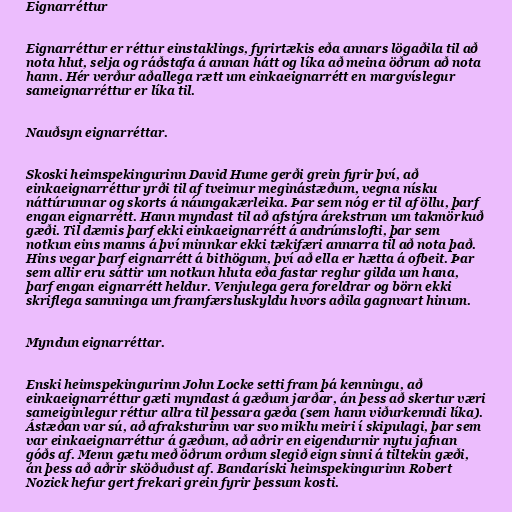
Eignarréttur

Eignarréttur er réttur einstaklings, fyrirtækis eða annars lögaðila til að
nota hlut, selja og ráðstafa á annan hátt og líka að meina öðrum að nota
hann. Hér verður aðallega rætt um einkaeignarrétt en margvíslegur
sameignarréttur er líka til.

Nauðsyn eignarréttar.

Skoski heimspekingurinn David Hume gerði grein fyrir því, að
einkaeignarréttur yrði til af tveimur meginástæðum, vegna nísku
náttúrunnar og skorts á náungakærleika. Þar sem nóg er til af öllu, þarf
engan eignarrétt. Hann myndast til að afstýra árekstrum um takmörkuð
gæði. Til dæmis þarf ekki einkaeignarrétt á andrúmslofti, þar sem
notkun eins manns á því minnkar ekki tækifæri annarra til að nota það.
Hins vegar þarf eignarrétt á bithögum, því að ella er hætta á ofbeit. Þar
sem allir eru sáttir um notkun hluta eða fastar reglur gilda um hana,
þarf engan eignarrétt heldur. Venjulega gera foreldrar og börn ekki
skriflega samninga um framfærsluskyldu hvors aðila gagnvart hinum.

Myndun eignarréttar.

Enski heimspekingurinn John Locke setti fram þá kenningu, að
einkaeignarréttur gæti myndast á gæðum jarðar, án þess að skertur væri
sameiginlegur réttur allra til þessara gæða (sem hann viðurkenndi líka).
Ástæðan var sú, að afraksturinn var svo miklu meiri í skipulagi, þar sem
var einkaeignarréttur á gæðum, að aðrir en eigendurnir nytu jafnan
góðs af. Menn gætu með öðrum orðum slegið eign sinni á tiltekin gæði,
án þess að aðrir sköðuðust af. Bandaríski heimspekingurinn Robert
Nozick hefur gert frekari grein fyrir þessum kosti.